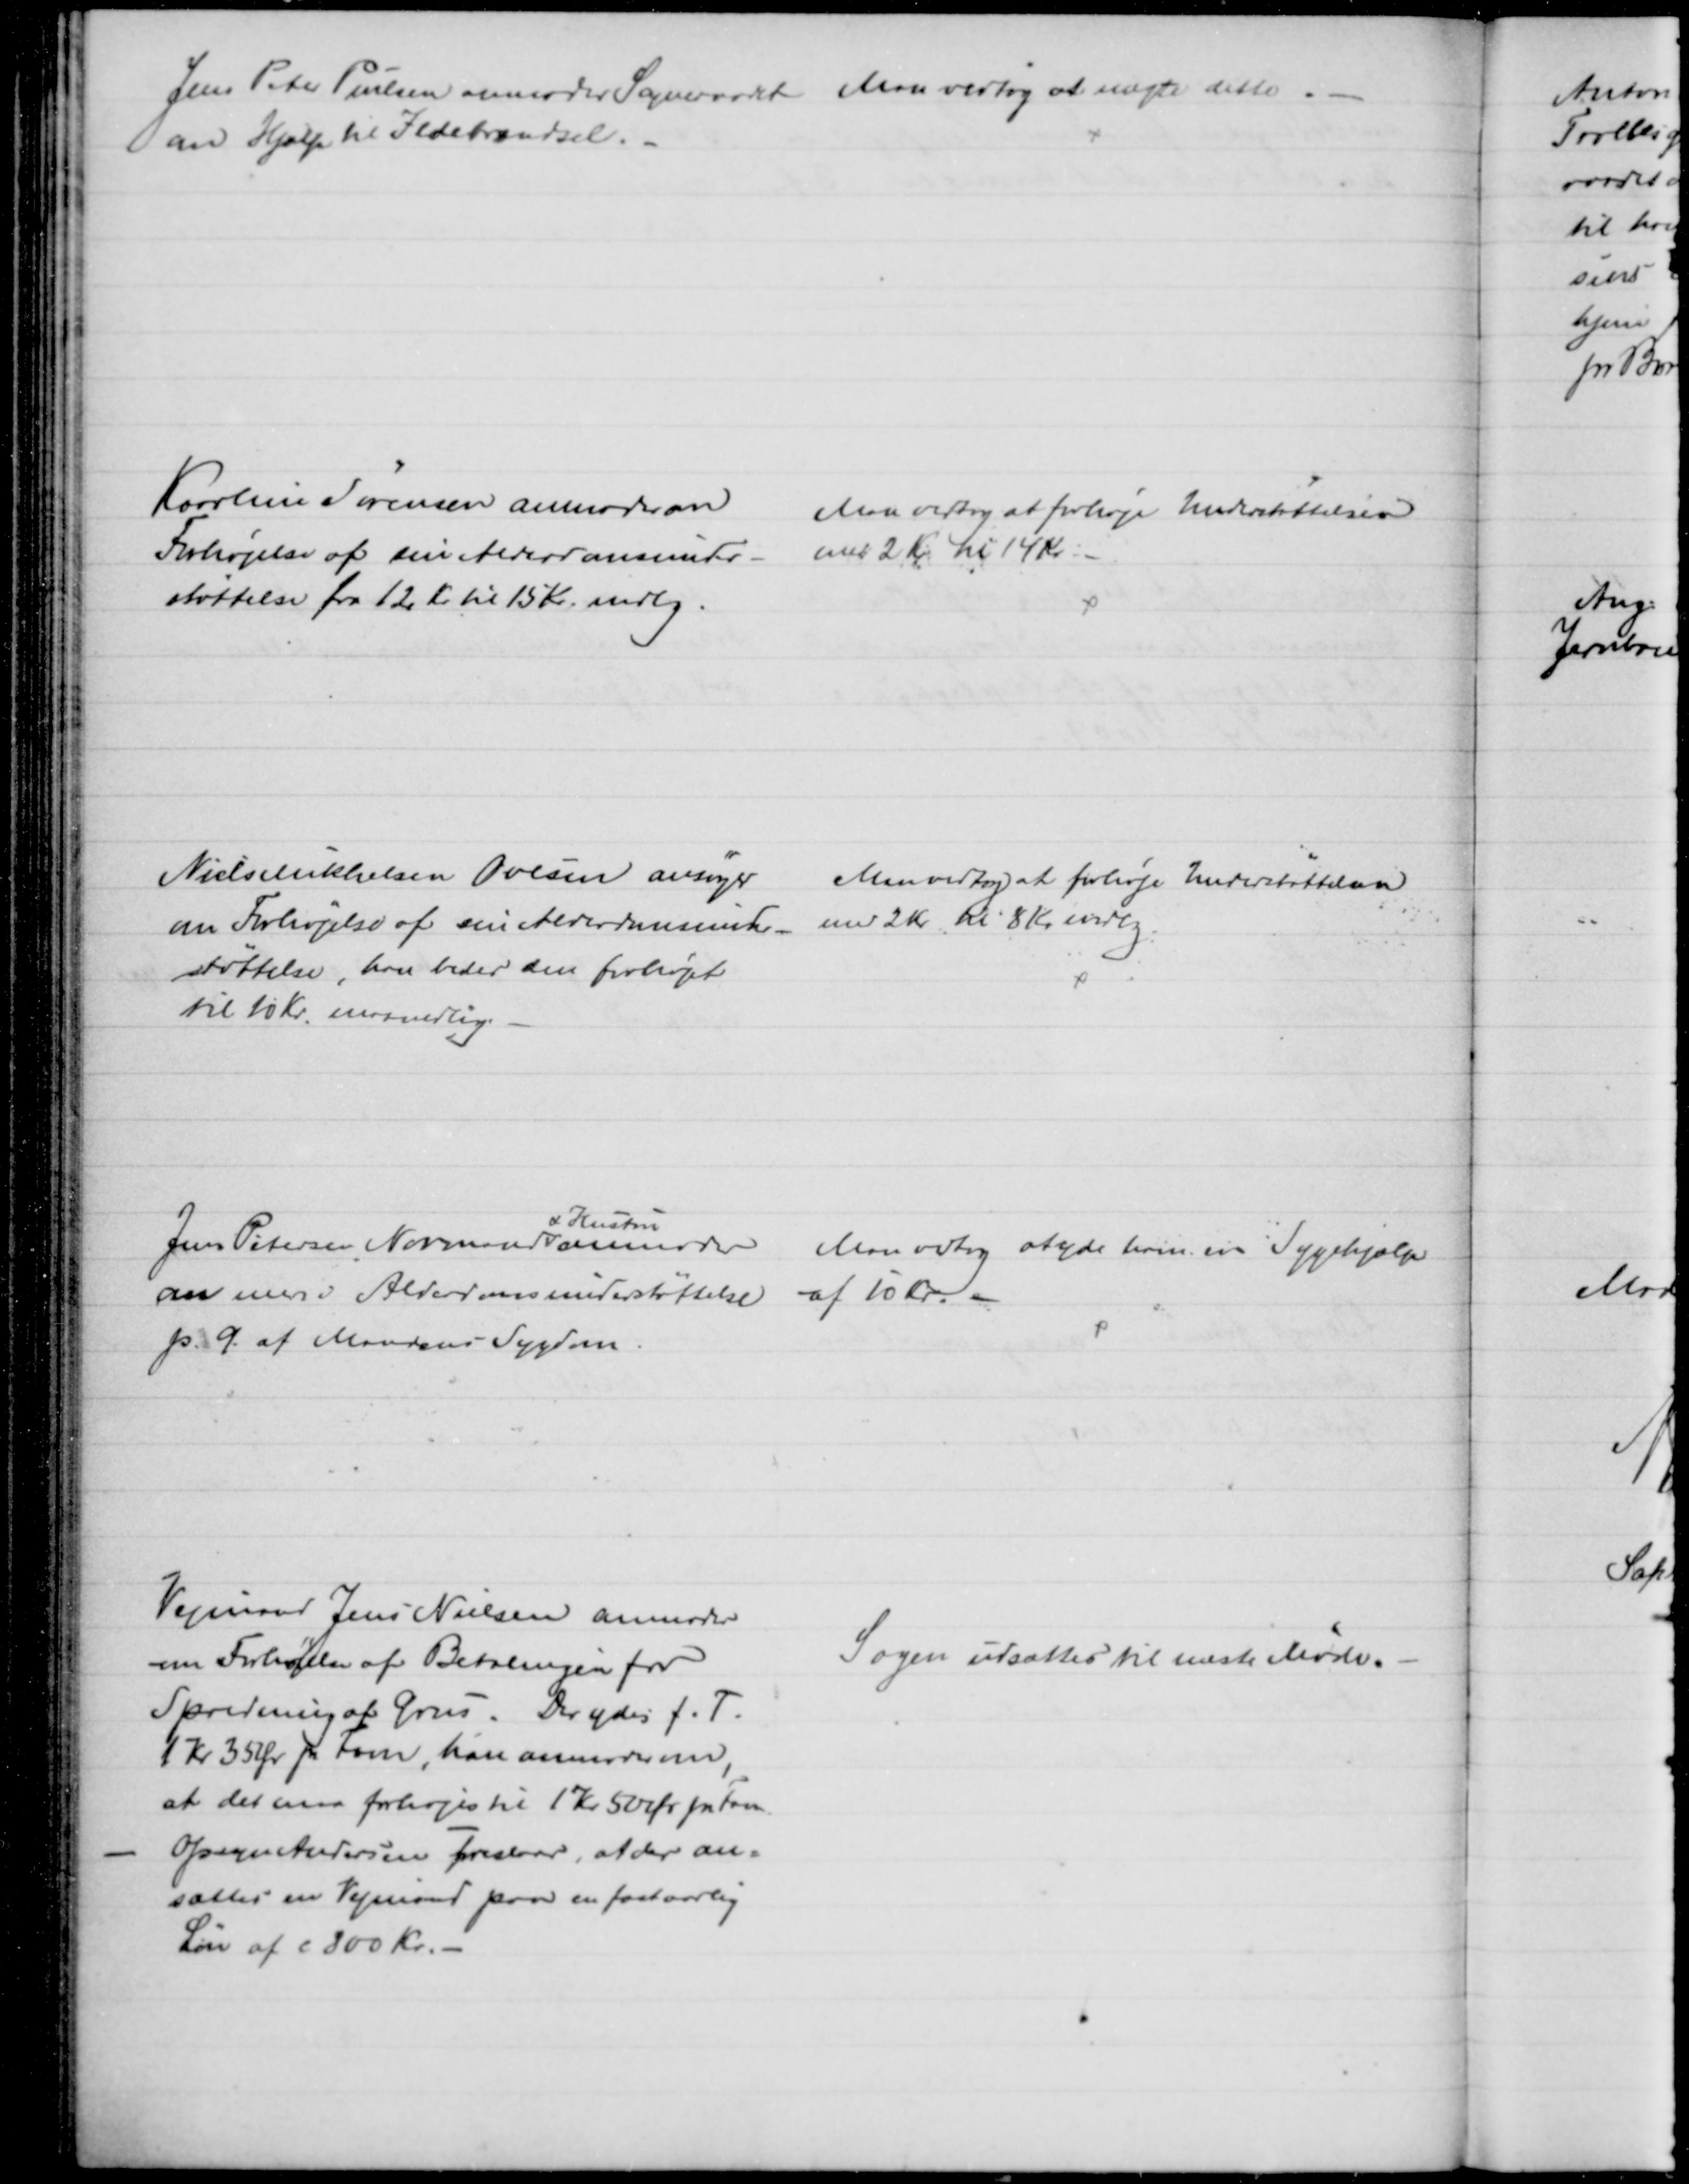
Transskription:
Jens Peter Poulsen anmoder Sogneraadet 
om Hjælp til Ildebrændsel.
Man vedtog at nægte dette.
Karoline Sørensen anmoder om
Forhøjelse af sin Alderdomsunder-
støttelse fra 12 Kr til 15 Kr. mdlg.
Man vedtog at forhøje Understøttelsen
med 2 Kr til 14 Kr. 
Niels Mikkelsen Ovesen ansøger
om Forhøjelse af sin Alderdomsunder-
støttelse, han beder den forhøjet
til 10 Kr. maanedlig.
Man vedtog at forhøje Understøttelsen
med 2 Kr til 8 Kr. mdlg.
Jens Petersen Normand 
& Hustru
anmoder
om mer i Alderdomsunderstøttelse
p. G. af Mandens Sygdom
Man vedtog at yde ham en Sygehjælp
af 10 kr. 
Vejmand Jens Nielsen anmoder
om Forhøjelse af Betalingen for
Spredning af Grus. Der ydes f. T.
1 Kr 35 Ør pr Favn, han anmoder om,
at det maa forhøjes til 1 Kr 50 Øre pr. Fvn
Opsyn Andersen foreslaar, at der an-
sættes en Vejmand paa en fastaarlig
Løn af c. 800 Kr. 
Sagen udsættes til næste Møde.